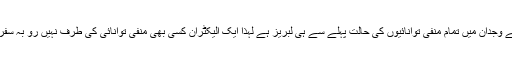
اس کے وجدان میں تمام منفی توانائیوں کی حالت پہلے سے ہی لبریز ہے لہٰذا ایک الیکٹران کسی بھی منفی توانائی کی طرف نہیں رو بہ سفر ہوگا۔